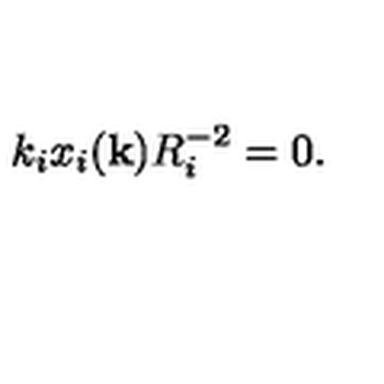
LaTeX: k _ { i } x _ { i } ( { \bf k } ) R _ { i } ^ { - 2 } = 0 .